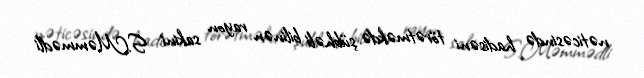
nəticəsində hadisəni törətməkdə şübhəli bilinən rayon sakini S.Məmmədli